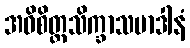
အဓိစိတ္တသိက္ခာသမာဒါနံ